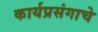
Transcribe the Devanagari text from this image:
कार्यप्रसंगाचे